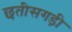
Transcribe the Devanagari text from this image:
छतीसगड़ी